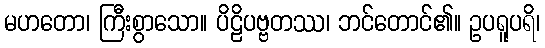
မဟတော၊ ကြီးစွာသော။ ပိဠိပဗ္ဗတဿ၊ ဘင်တောင်၏။ ဥပရူပရိ၊